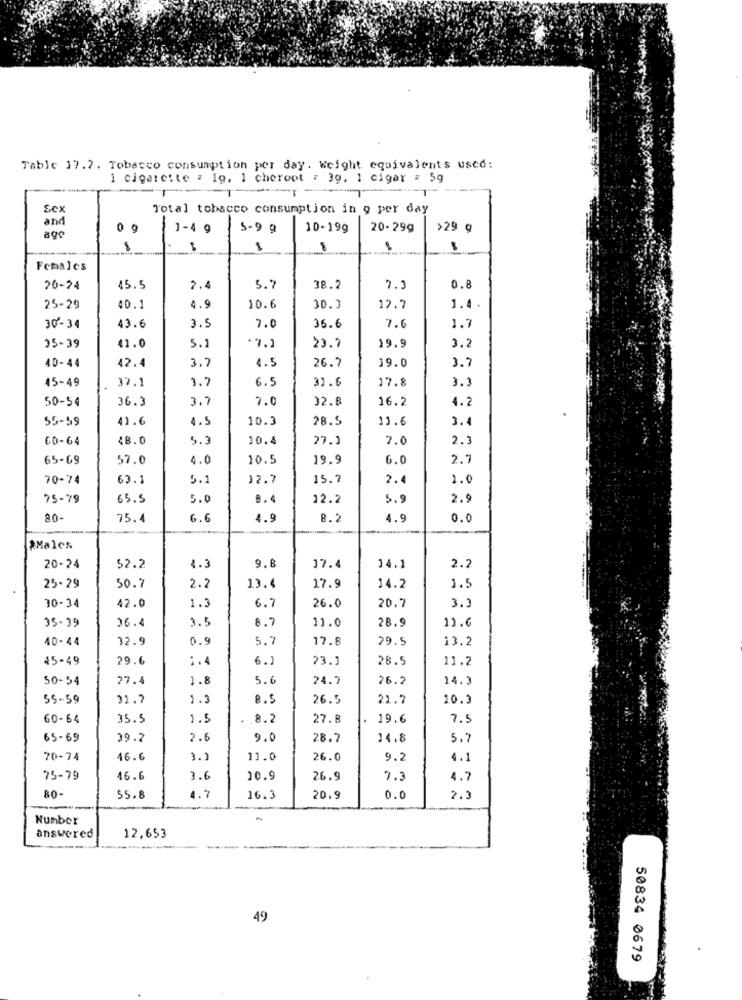
Table 17.7. Tobacco consumption per day. Weight equivalents used:
i cigarette : 19, 1 cheroot : 39, 1 cigar = 5g
Se>
Total tobacco consumption in g per day
and
1-4 g
5-9 @
10-199
20-299
>29 ¢
ago
Females
20-24
45.5
7.4
5.2
38.2
7.3
0.8
10.6
25-29
40.1
4.9
30.3
12.7
1.4
43.6
3.9
7.0
36.6
7.6
1.7
30- 34
35-39
41.0
5.1
"7.1
23.7
19.9
3.2
42.4
3.
4.5
26.7
3.7
40-44
39.0
37.1
3.7
6.5
17.8
3.3
45-49
31.6
50-54
3.7
7.0
32.8
16.2
4.2
36.3
55-59
41.6
4.5
10.3
28.5
11.6
3.4
60-64
48.0
5.3
10.4
27.1
7.0
2.3
65-69
57.0
4.0
10.5
19.9
6.0
2.7
70-74
63.1
5.1
12.7
15.7
2.4
1.0
75-79
65.5
5.0
8.4
12.2
5.9
2.9
80-
75.4
6.6
4.9
8.2
4.9
0.0
AMales
20-24
52.2
4.3
9.8
17.4
14.1
2.2
1.5
25-29
50.7
2.2
13.4
17.9
14.2
42.0
1.3
6.7
26.0
20.7
3.3
30-34
35-39
36.4
3.5
8.7
11.0
28.9
11.6
40-44
32.9
0.9
5.7
17.8
29.5
13.2
45-49
29.6
:. 4
6.1
23.1
28.5
11.2
50-54
27.4
1.8
5.6
24.7
26.2
14.3
55-59
31.7
1.2
8.5
26.5
21.7
10.3
60-64
35.5
1.5
8.2
27.8
19.6
7.5
65-69
39.2
2.
9.0
28.7
14.8
5.7
70-74
16.6
3.1
11.0
26.0
9.2
4.1
75-79
46.6
3.6
10.9
26.9
7.3
4.7
80-
55.8
4.7
16.3
20.9
0.
2.9
-
Number
answered
12,653
49
50834 0679